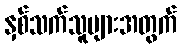
နှစ်သက်သူများအတွက်